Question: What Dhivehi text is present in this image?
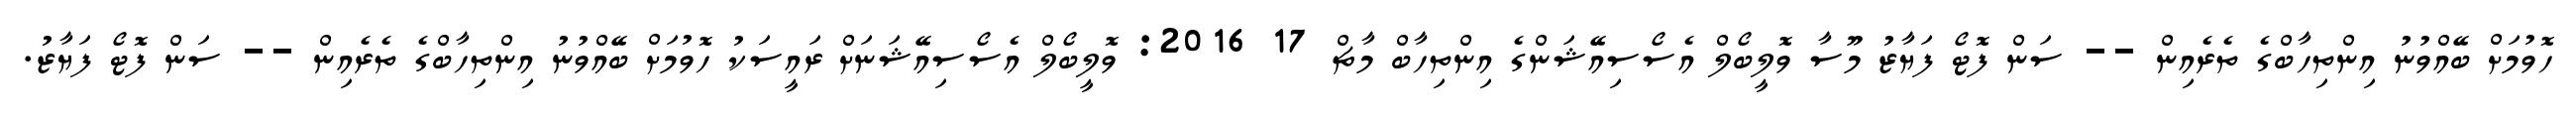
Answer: ހޮވުމަށް ބޭއްވުނު އިންތިހާބްގެ ތެރެއިން -- ސަން ފޮޓޯ ފަޔާޒު މޫސާ ވޮލީބޯލް އެސޯސިއޭޝަންގެ އިންތިހާބް މާޗް 17 2016: ވޮލީބޯލް އެސޯސިއޭޝަނަށް ރައީސަކު ހޮވުމަށް ބޭއްވުނު އިންތިހާބްގެ ތެރެއިން -- ސަން ފޮޓޯ ފަޔާޒު.